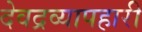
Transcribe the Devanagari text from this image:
देवद्रव्यापहारी